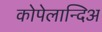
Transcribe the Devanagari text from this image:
कोपेलान्दिअ